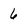
Character: 6